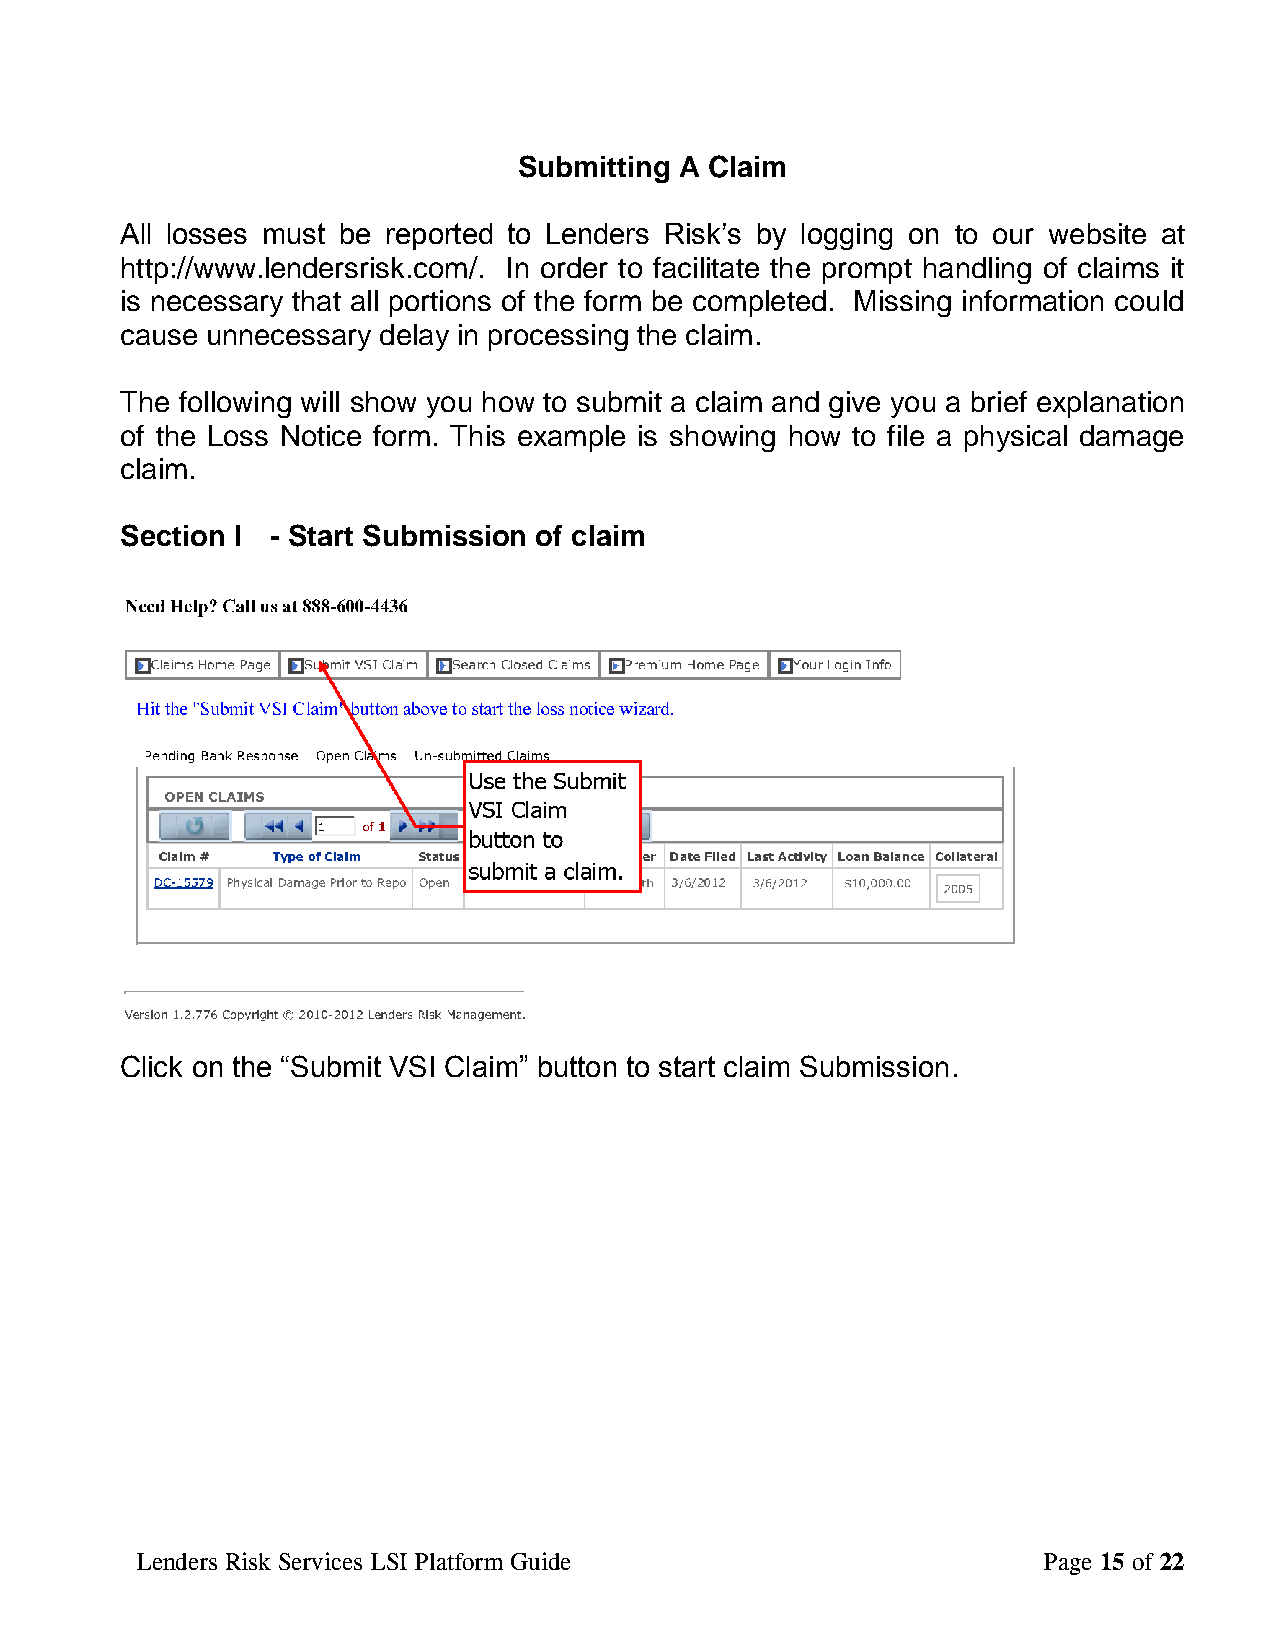
Submitting A Claim
 All losses must be reported to Lenders Risk’s by logging on to our website at
 http://www.lendersrisk.com/. In order to facilitate the prompt handling of claims it
 is necessary that all portions of the form be completed. Missing information could
 cause unnecessary delay in processing the claim.
 The following will show you how to submit a claim and give you a brief explanation
 of the Loss Notice form. This example is showing how to file a physical damage
 claim.
 Section I - Start Submission of claim
 Click on the “Submit VSI Claim” button to start claim Submission.
 Lenders Risk Services LSI Platform Guide                    Page 15 of 22